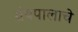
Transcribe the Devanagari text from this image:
ग्रंथपालाचे